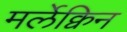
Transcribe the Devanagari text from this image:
मर्लेक्विन